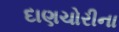
દાણચોરીના